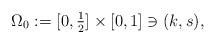
LaTeX: \begin{align*} \Omega_0 := [0, \tfrac12] \times [0, 1] \ni (k,s), \end{align*}